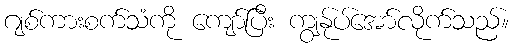
ဂျစ်ကားစက်သံကို ကျော်ပြီး ကျွန်ုပ်အော်လိုက်သည်။